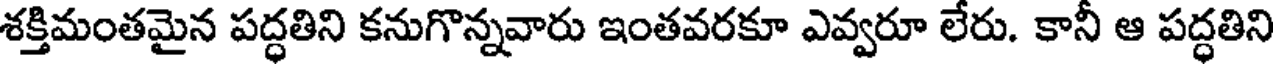
శక్తిమంతమైన పద్ధతిని కనుగొన్నవారు ఇంతవరకూ ఎవ్వరూ లేరు. కానీ ఆ పద్ధతిని